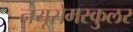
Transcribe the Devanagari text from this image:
नयूरोमस्कुलर